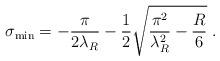
LaTeX: \begin{align*}\sigma_{\rm min} = - \frac{\pi}{2 \lambda_R} - \frac{1}{2}\sqrt{\frac{\pi^2}{\lambda^2_R} - \frac{R}{6}}\;.\end{align*}